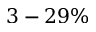
3 - 2 9 \%